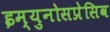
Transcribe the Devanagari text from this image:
इम्युनोसप्रेसिव